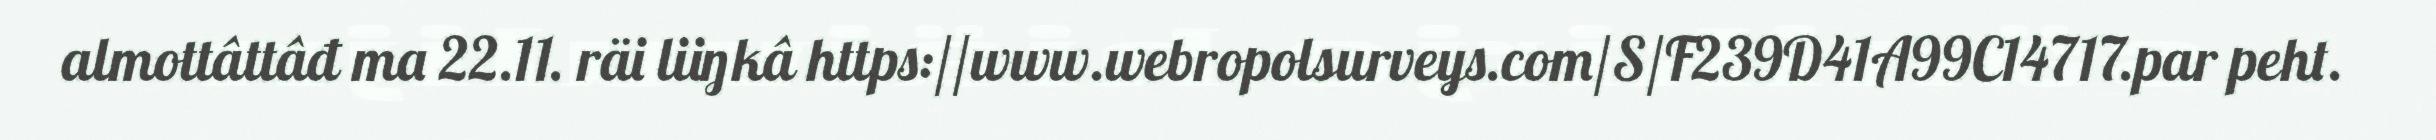
almottâttâđ ma 22.11. räi liiŋkâ https://www.webropolsurveys.com/S/F239D41A99C14717.par peht.